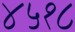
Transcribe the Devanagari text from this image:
४५१८